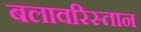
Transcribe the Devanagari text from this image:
बलावरिस्तान